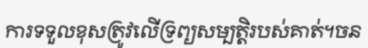
ការទទួលខុសត្រូវលើទ្រព្យសម្បត្តិរបស់គាត់។ចន